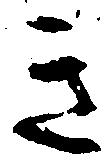
き